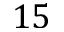
1 5